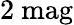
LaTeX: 2{\mathrm{~mag}}